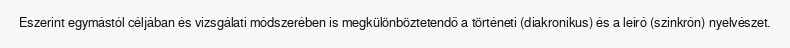
Eszerint egymástól céljában és vizsgálati módszerében is megkülönböztetendő a történeti (diakronikus) és a leíró (szinkrón) nyelvészet.